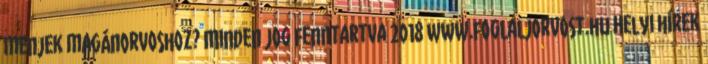
menjek magánorvoshoz? Minden jog fenntartva 2018 www.foglaljorvost.hu Helyi hírek